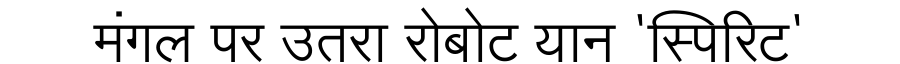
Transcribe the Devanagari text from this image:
मंगल पर उतरा रोबोट यान 'स्पिरिट'